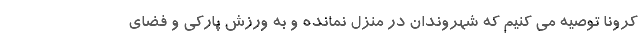
کرونا توصیه می کنیم که شهروندان در منزل نمانده و به ورزش پارکی و فضای